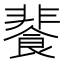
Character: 餥